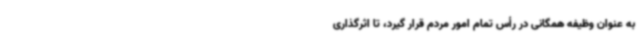
به عنوان وظیفه همگانی در رأس تمام امور مردم قرار گیرد، تا اثرگذاری